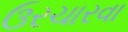
ઉરચારવા